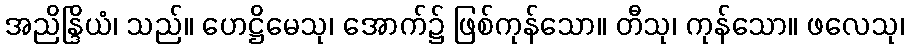
အညိန္ဒြိယံ၊ သည်။ ဟေဋ္ဌိမေသု၊ အောက်၌ ဖြစ်ကုန်သော။ တီသု၊ ကုန်သော။ ဖလေသု၊